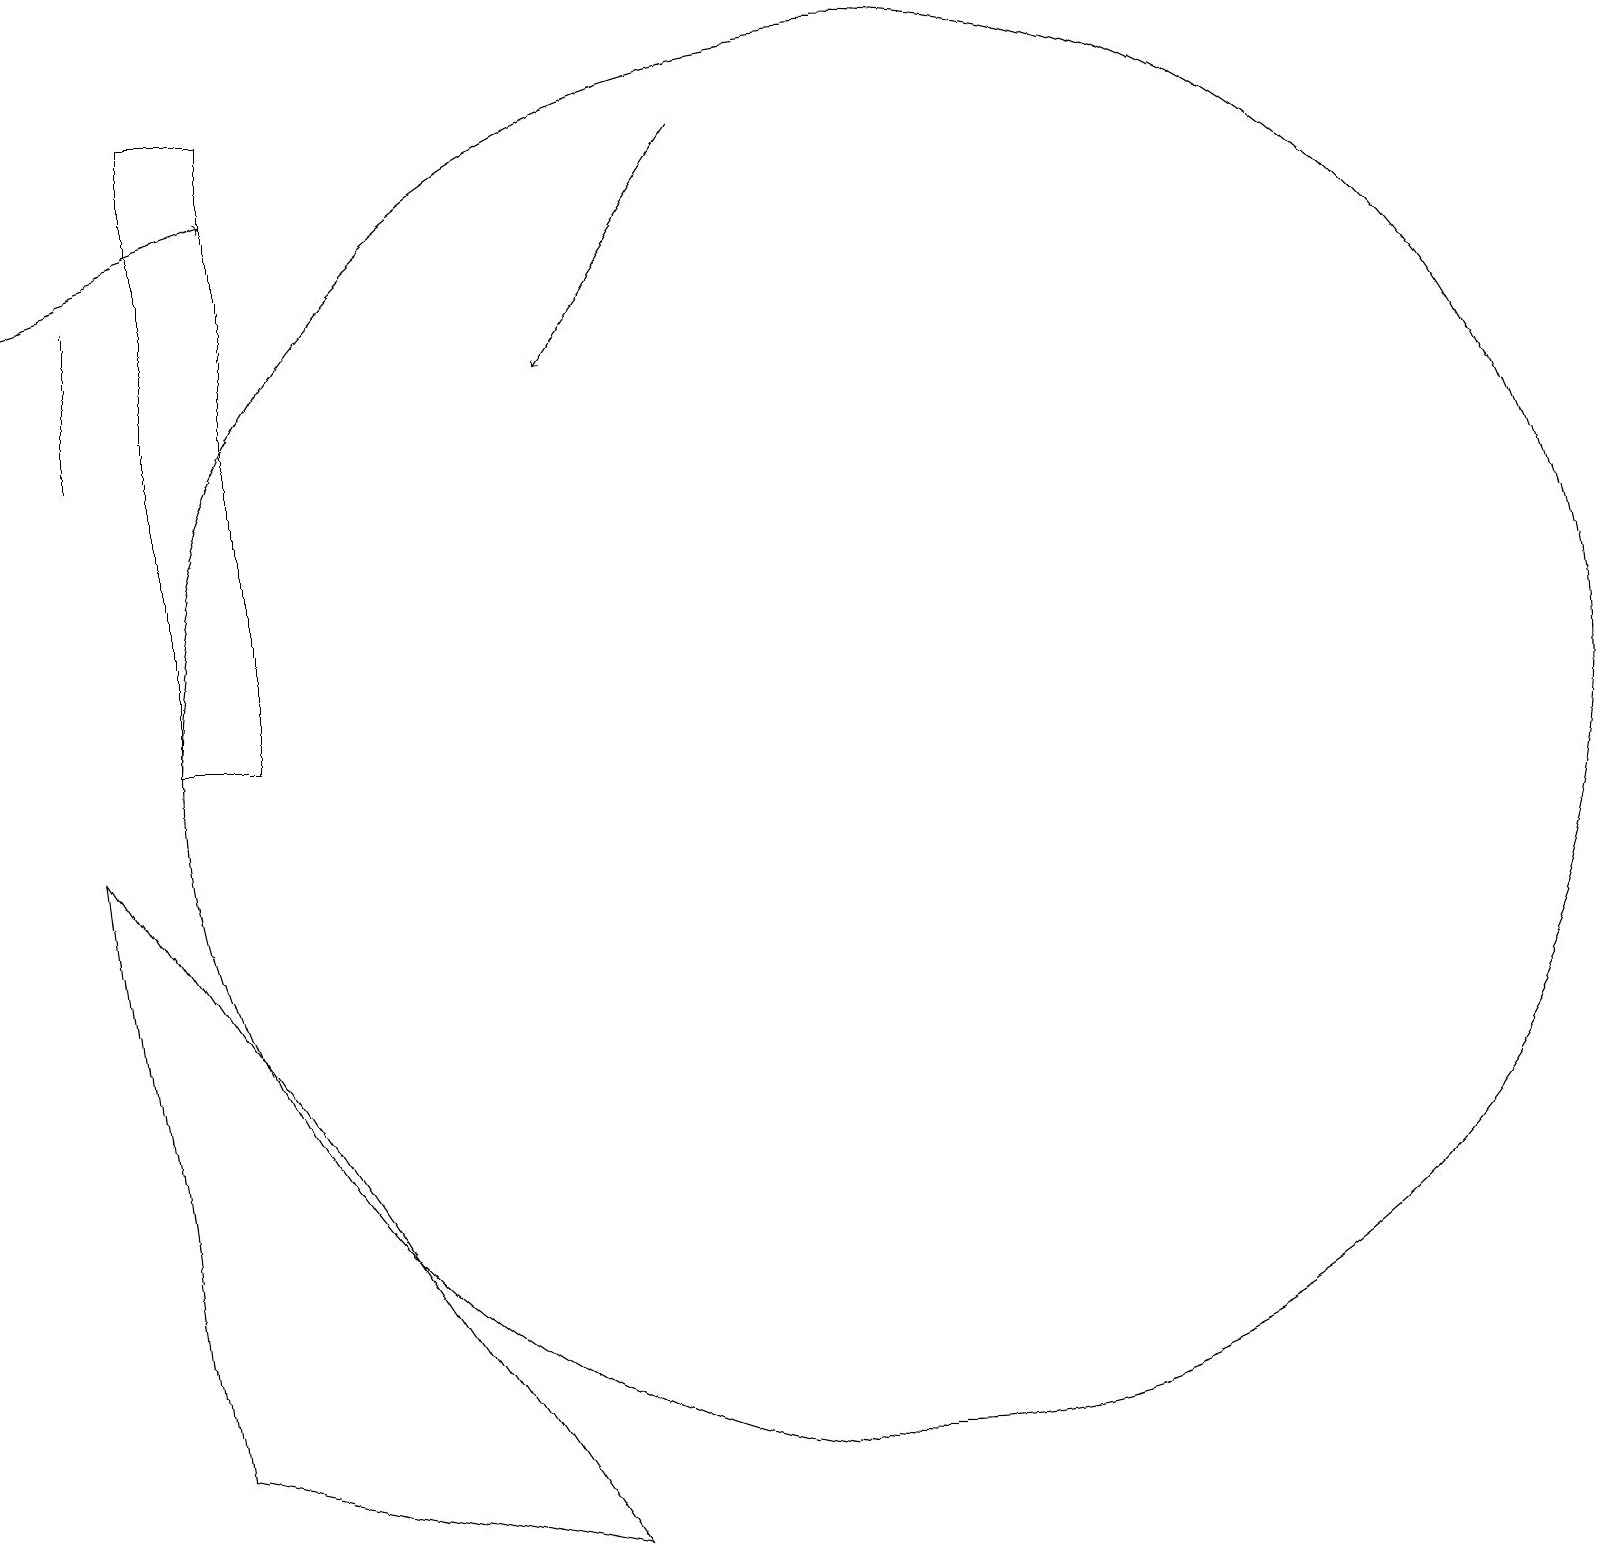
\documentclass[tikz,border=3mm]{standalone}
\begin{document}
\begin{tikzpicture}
\draw (2,1) -- (7,0) -- (1,9) -- cycle;
\draw[->] (0,16) -- (3,17);
\draw (1,16) rectangle (1,14);
\draw (11,10) circle (9);
\draw[->] (9,18) -- (7,15);
\draw (3,18) rectangle (2,10);
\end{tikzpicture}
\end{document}